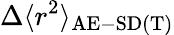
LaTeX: \Delta\langle r^{2}\rangle_{\mathrm{AE-SD(T)}}